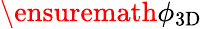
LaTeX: \ensuremath{\phi_{\mathrm{3D}}}